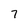
Character: 7